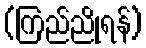
(ကြည်ညိုရန်)